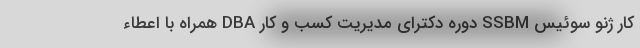
کار ژنو سوئیس SSBM دوره دکترای مدیریت کسب و کار DBA همراه با اعطاء